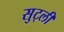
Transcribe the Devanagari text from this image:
सुट्ली